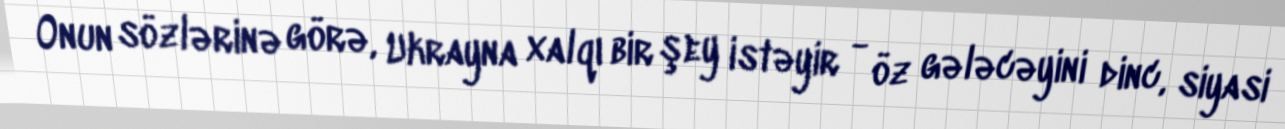
Onun sözlərinə görə, Ukrayna xalqı bir şey istəyir - öz gələcəyini dinc, siyasi